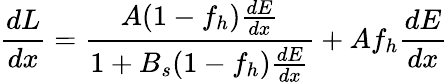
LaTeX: \frac{dL}{dx}=\frac{A(1-f_{h})\frac{dE}{dx}}{1+B_{s}(1-f_{h})\frac{dE}{dx}}+Af_{h}\frac{dE}{dx}